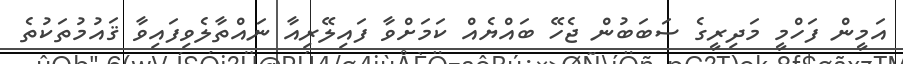
އަމީން ފަހްމީ މަދިރީގެ ސަބަބުން ޖެހޭ ބައްޔެއް ކަމަށްވާ ފައިލޭރިއާ ނައްތާލެވިފައިވާ ޤައުމުތަކުތެ